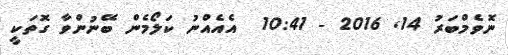
ނޮވެމްބަރު 14